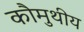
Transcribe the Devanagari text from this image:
कौमुथीय